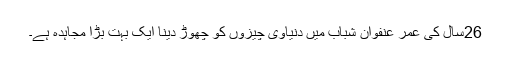
26سال کی عمر عنفوان شباب میں دنیاوی چیزوں کو چھوڑ دینا ایک بہت بڑا مجاہدہ ہے۔